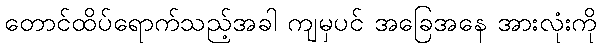
တောင်ထိပ်ရောက်သည့်အခါ ကျမှပင် အခြေအနေ အားလုံးကို